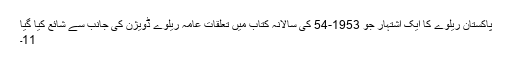
پاکستان ریلوے کا ایک اشتہار جو 1953-54 کی سالانہ کتاب میں تعلقات عامہ ریلوے ڈویژن کی جانب سے شائع کیا گیا
11۔